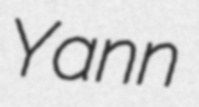
Yann